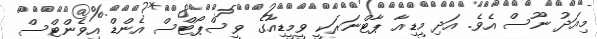
މިއަދު ނޫސް އެވެ. އަދި މީޑިއާ ޕާޓްނަރަކީ ވީމީޑިއާގެ ވީސްޕޯޓްސް އެންޑް އިވެންޓްސް